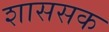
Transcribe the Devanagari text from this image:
शाससक